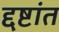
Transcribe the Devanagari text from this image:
द्दष्टांत